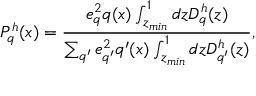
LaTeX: P _ { q } ^ { h } ( x ) = \frac { e _ { q } ^ { 2 } q ( x ) \int _ { z _ { m i n } } ^ { 1 } d z D _ { q } ^ { h } ( z ) } { \sum _ { q ^ { \prime } } e _ { q ^ { \prime } } ^ { 2 } q ^ { \prime } ( x ) \int _ { z _ { m i n } } ^ { 1 } d z D _ { q ^ { \prime } } ^ { h } ( z ) } ,